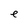
Character: e